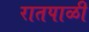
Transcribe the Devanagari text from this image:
रातपाळी